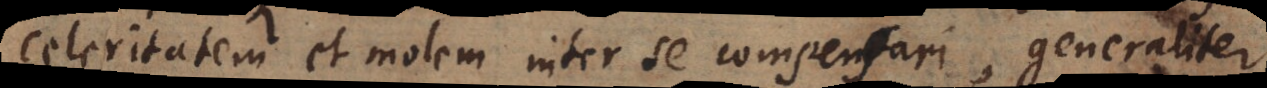
celeritatem et molem inter se compensari, generaliter